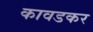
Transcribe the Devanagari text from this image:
कावडकर